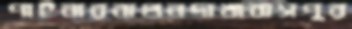
পাইনারবাগুনদাখাবাসপুর